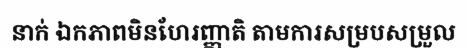
នាក់ ឯកភាពមិនហែរញ្ញាតិ តាមការសម្របសម្រួល